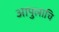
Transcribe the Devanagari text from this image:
आपुलाचि